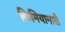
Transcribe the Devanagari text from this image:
किमियागारी